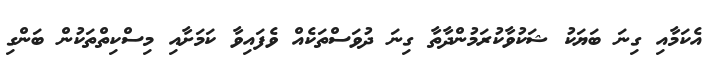
އެކަމާއި ގިނަ ބަޔަކު ޝަކުވާކުރަމުންދާތާ ގިނަ ދުވަސްތަކެއް ވެފައިވާ ކަމަށާއި މިސްކިތްތަކުން ބަންގި